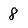
Character: 8